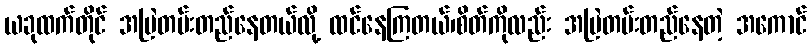
ယခုထက်တိုင် အမြဲတမ်းတည်နေတယ်လို့ ထင်နေကြတယ်၊စိတ်ကိုလည်း အမြဲတမ်းတည်နေတဲ့ အကောင်